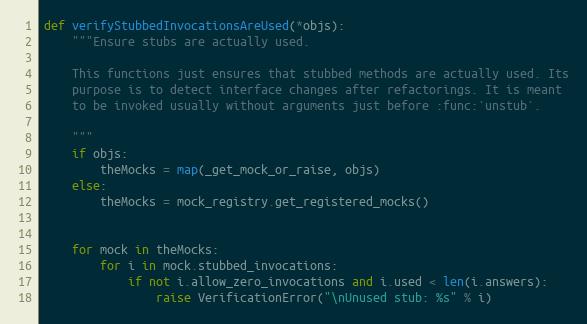
Language: Python
def verifyStubbedInvocationsAreUsed(*objs):
    """Ensure stubs are actually used.

    This functions just ensures that stubbed methods are actually used. Its
    purpose is to detect interface changes after refactorings. It is meant
    to be invoked usually without arguments just before :func:`unstub`.

    """
    if objs:
        theMocks = map(_get_mock_or_raise, objs)
    else:
        theMocks = mock_registry.get_registered_mocks()

    for mock in theMocks:
        for i in mock.stubbed_invocations:
            if not i.allow_zero_invocations and i.used < len(i.answers):
                raise VerificationError("\nUnused stub: %s" % i)